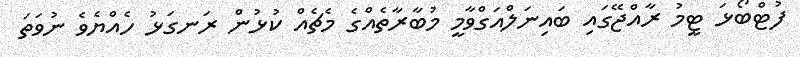
ފުޓްބޯޅަ ޓީމު ރާއްޖޭގައި ބައިނަލްއަގްވާމީ މުބާރާތެއްގެ މެޗެއް ކުޅުން ރަނގަޅު ހެއްޔެވެ ނުވަތަ